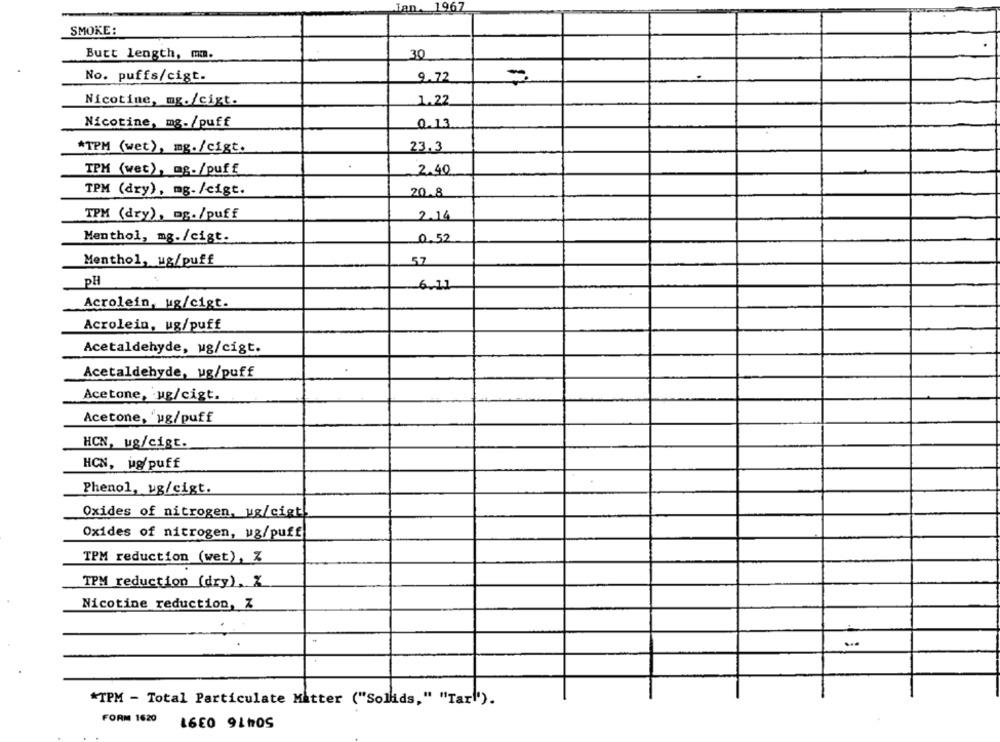
Jan. 1967
SMOKE:
Butt length, mm.
30
No. puffs/cigt.
9.72
-
Nicotine, mg./cigt.
1.22
Nicotine, mg./puff
0.13
*TPM (wet), mg./cigt.
23.3
.
TPM (wet), mg./puff
2.40
TPM (dry), mg-/cigt.
20.8
TPM (dry), og./puff
2.14
0.52
Menthol, mg./cigt.
Menthol, ug/puff
57
PH
6.11
Acrolein, ug/cigt.
Acrolein, ug/puff
Acetaldehyde, ug/cigt.
Acetaldehyde, ug/puff
Acetone, ug/cigt.
Acetone, "ug/puff
HCN, ug/cigt.
HCN, ug/puff
Phenol, ug/cigt.
Oxides of nitrogen, ug/cigt
Oxides of nitrogen, ug/puff
TPM reduction (wet), Z
TPM reduction (dry), %
Nicotine reduction, Z
*TPM - Total Particulate Matter ("Sollids," "Tar"').
FORM 1620
16E0 940S